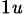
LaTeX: _{1\mathit{u}}